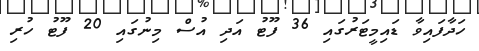
ހަދާފައިވާ ޑައިމީޓަރުގައި 36 ފޫޓު އަދި އުސް މިނުގައި 20 ފޫޓު ހުރި